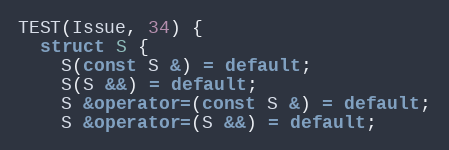
Language: C++
TEST(Issue, 34) {
  struct S {
    S(const S &) = default;
    S(S &&) = default;
    S &operator=(const S &) = default;
    S &operator=(S &&) = default;